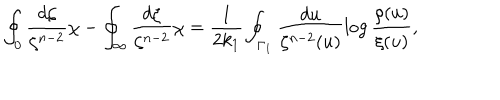
LaTeX: \oint _ { 0 } \frac { d \zeta } { \zeta ^ { n - 2 } } \chi - \oint _ { \infty } \frac { d \zeta } { \zeta ^ { n - 2 } } \chi = \frac { 1 } { 2 k _ { 1 } } \oint _ { \Gamma _ { 1 } } \frac { d u } { \zeta ^ { n - 2 } ( u ) } \log \frac { \rho ( u ) } { \xi ( u ) } ,